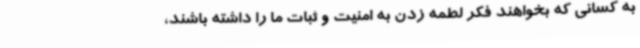
به کسانی که بخواهند فکر لطمه زدن به امنیت و ثبات ما را داشته باشند،